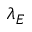
\lambda _ { E }